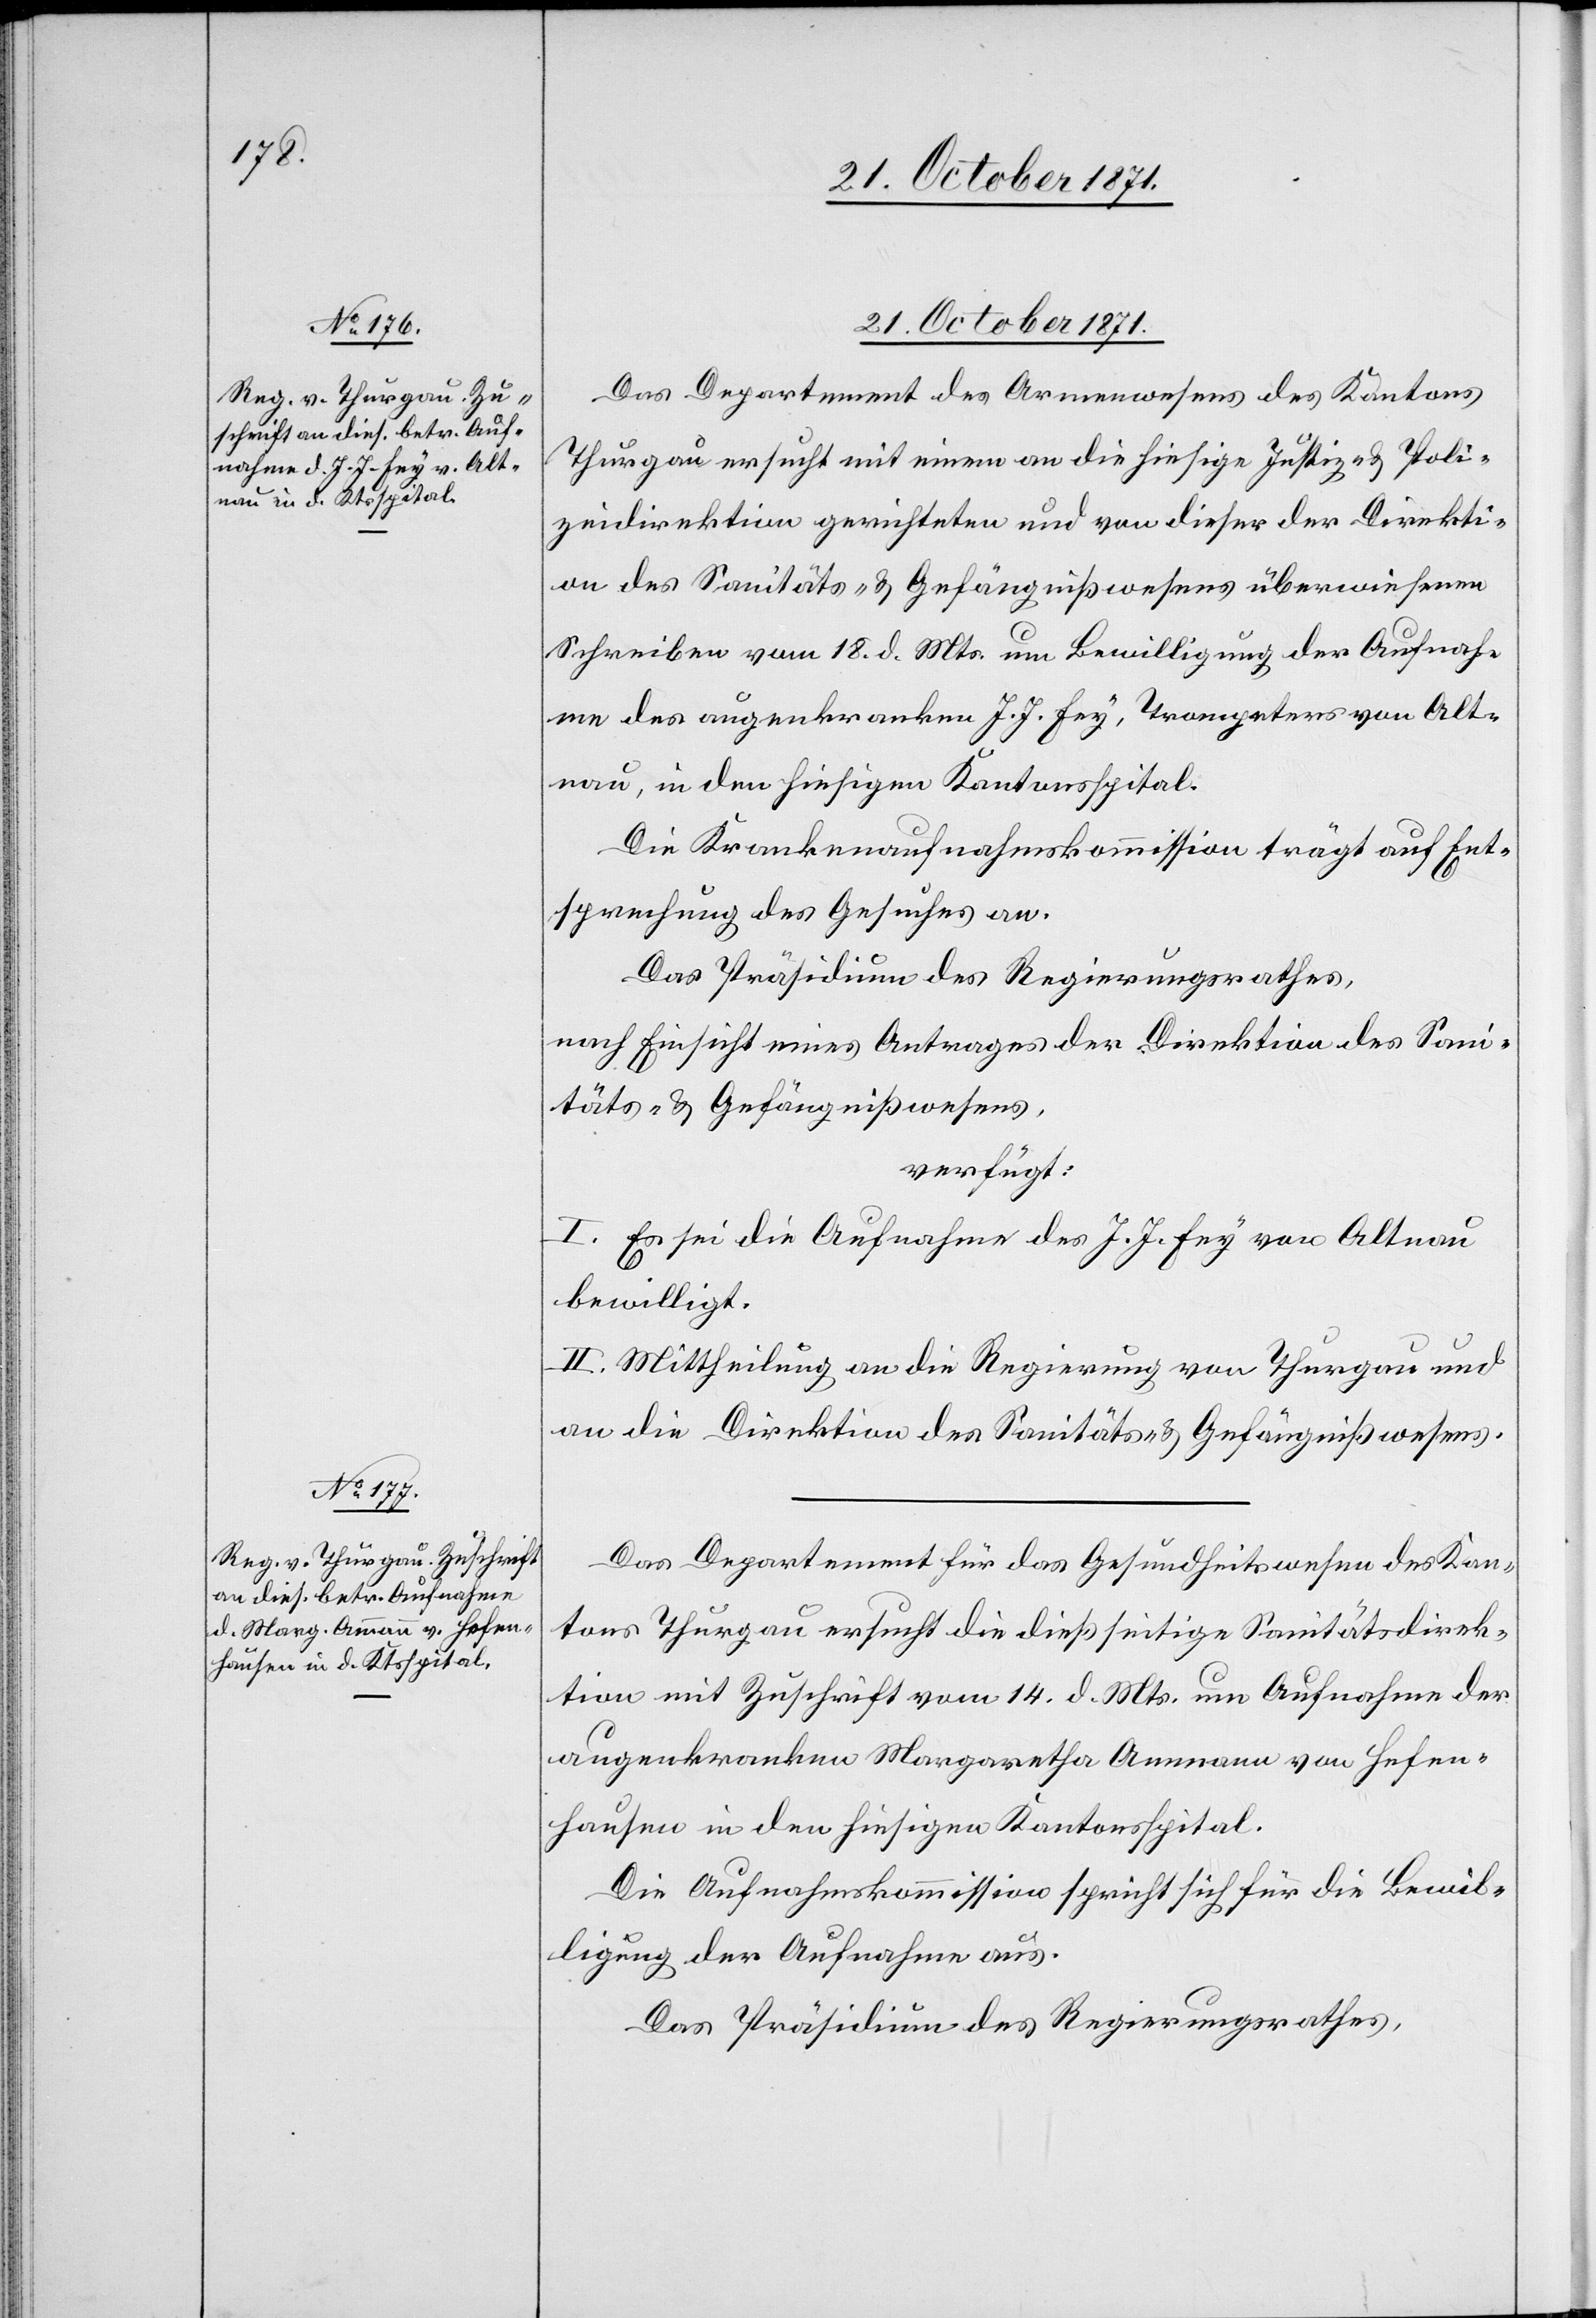
21. October 1871.]
Das Departement des Armenwesens des Kantons
Thurgau ersucht mit einem an die hiesige Justiz- & Poli¬
zeidirektion gerichteten und von dieser der Direkti¬
on des Sanitäts- & Gefängnißwesens überwiesenen
Schreiben vom 18. d. Mts. um Bewilligung der Aufnah¬
me des augenkranken J. J. Frey, Trompeters von Alt¬
nau, in den hiesigen Kantonsspital.
Die Krankenaufnahmskommission trägt auf Ent¬
sprechung des Gesuches an.
Das Präsidium des Regierungsrathes,
nach Einsicht eines Antrages der Direktion des Sani¬
täts- & Gefängnißwesens,
verfügt:
I. Es sei die Aufnahme des J. J. Frey von Altnau
bewilligt.
II. Mittheilung an die Regierung von Thurgau und
an die Direktion des Sanitäts- & Gefängnißwesens.
Das Departement für das Gesundheitswesen des Kan¬
tons Thurgau ersucht die dießseitige Sanitätsdirek¬
tion mit Zuschrift vom 14. d. Mts. um Aufnahme der
augenkranken Margaretha Ammann von Hofen¬
hausen in den hiesigen Kantonsspital.
Die Aufnahmskommission spricht sich für die Bewil¬
ligung der Aufnahme aus.
Das Präsidium des Regierungsrathes,